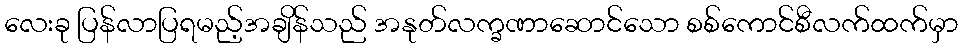
လေးခု ပြန်လာပြရမည့်အချိန်သည် အနုတ်လက္ခဏာဆောင်သော စစ်ကောင်စီလက်ထက်မှာ